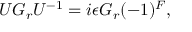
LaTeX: U G _ { r } U ^ { - 1 } = i \epsilon G _ { r } ( - 1 ) ^ { F } ,